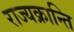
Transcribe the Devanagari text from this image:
राज्यक्रान्ति